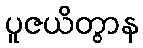
ပူဇယိတွာန